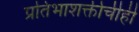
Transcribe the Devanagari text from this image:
प्रतिभाशक्तीचीही